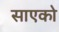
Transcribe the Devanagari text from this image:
साएको